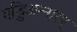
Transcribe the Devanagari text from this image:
गड्डिअन्नारम्